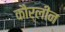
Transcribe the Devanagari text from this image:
कौर्लीन